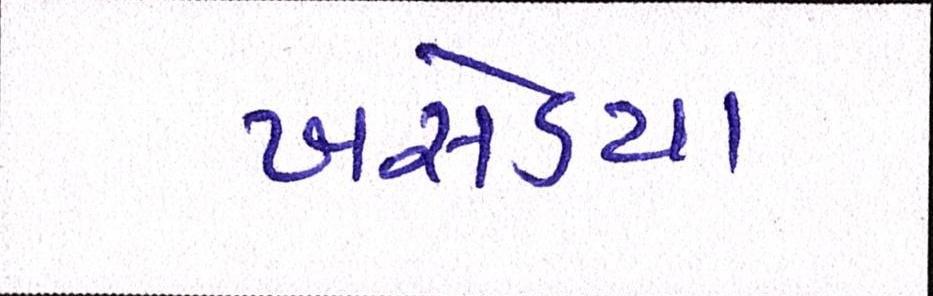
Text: ખસેડયો